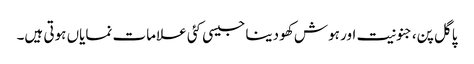
پاگل پن،جنونیت اور ہوش کھو دینا جیسی کئی علامات نمایاں ہوتی ہیں۔